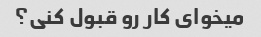
میخوای کار رو قبول کنی؟